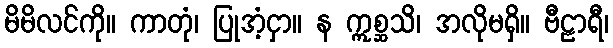
မိမိလင်ကို။ ကာတုံ၊ ပြုအံ့ငှာ။ န ဣစ္ဆသိ၊ အလိုမရှိ။ ဗီဠာရီ၊